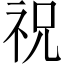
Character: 祝